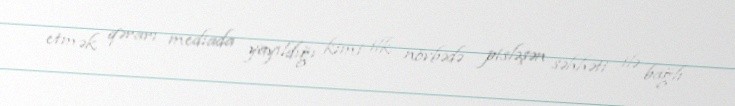
etmək qərarı mediada yayıldığı kimi ilk növbədə pisləşən səhhəti ilə bağlı